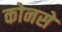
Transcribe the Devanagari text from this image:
कोनसे